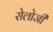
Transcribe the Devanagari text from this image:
रोलोजी